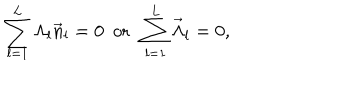
\sum _ { l = 1 } ^ { L } \Lambda _ { l } \vec { n } _ { l } = 0 \, \, \, \mathrm { o r } \, \, \, \sum _ { l = 1 } ^ { L } \vec { \Lambda } _ { l } = 0 ,